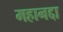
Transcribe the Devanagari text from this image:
महानद्दा